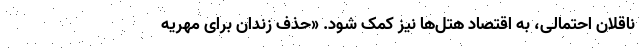
ناقلان احتمالی، به اقتصاد هتل‌ها نیز کمک شود. «حذف زندان برای مهریه